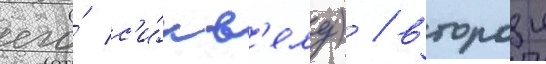
его́ с'и́кв'елу) / второи